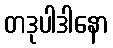
တဒုပါဒါနော